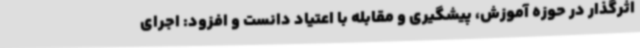
اثرگذار در حوزه آموزش، پیشگیری و مقابله با اعتیاد دانست و افزود: اجرای